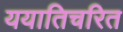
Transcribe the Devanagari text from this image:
ययातिचरित